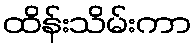
ထိန်းသိမ်းကာ